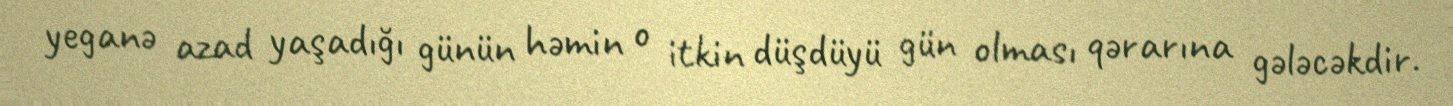
yeganə azad yaşadığı günün həmin o itkin düşdüyü gün olması qərarına gələcəkdir.